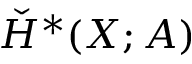
{ \check { H } } ^ { * } ( X ; A )